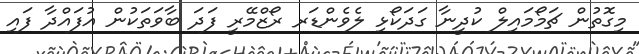
މިގޮތުން ޗަމޯމައިލް ކުދީނާ ގަދަކޯޅި ލެވެންޑަރ ރޯޒްމޭރީ ފަދަ ބާވަތަކުން އުފައްދާ ފައި